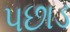
પછાડ